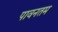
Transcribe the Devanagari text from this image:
पावनतम